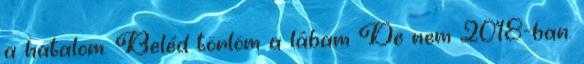
a hatalom. Beléd törlöm a lábam De nem 2018-ban.